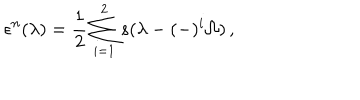
\epsilon ^ { n } ( \lambda ) = { \frac { 1 } { 2 } } \sum _ { i = 1 } ^ { 2 } s ( \lambda - ( - ) ^ { i } \Omega ) \, ,